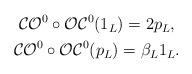
LaTeX: \begin{align*} \begin{gathered} \mathcal{CO}^0 \circ \mathcal{OC}^0 (1_{L}) = 2p_L,\\ \mathcal{CO}^0 \circ \mathcal{OC}^0 (p_L) = \beta_L 1_L. \end{gathered}\end{align*}